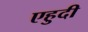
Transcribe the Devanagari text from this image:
एहुदी